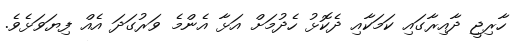
ހާރިޖީ ދާއިރާގައި ކަމަކާއި ދެކޮޅު ހެދުމަށް އަޅާ އެންމެ ވަރުގަދަ އެއް ފިޔަވަޅެވެ.